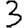
Digit: 3